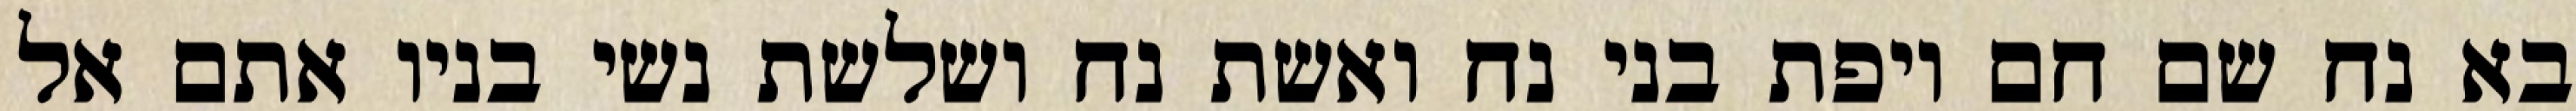
בא נח שם חם ויפת בני נח ואשת נח ושלשת נשי בניו אתם אל